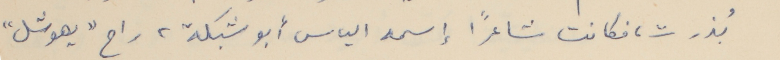
بُذرت، فكانت شاعراً إسمه الياس أبو شبكة، راح "يهوشل"